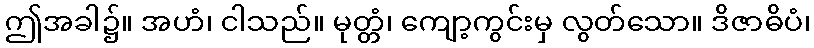
ဤအခါ၌။ အဟံ၊ ငါသည်။ မုတ္တံ၊ ကျော့ကွင်းမှ လွတ်သော။ ဒိဇာဓိပံ၊